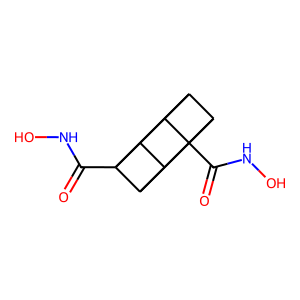
SMILES: O=C(NO)C12C3C4C1C1C2C3C41C(=O)NO
Inhibits HIV replication: No